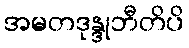
အမတဒုန္ဒုဘီတိပိ